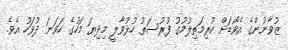
ޒުވާނުންގެ އެވޯޑަށް ކުރިމަތިލުމުގު ފުރުސަތު ހުޅުވާލީ މިދިޔަ މަހުގެ ހަވަނަ ދުވަހު އެވެ.